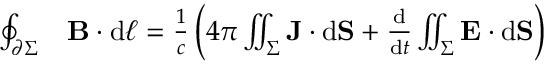
{ \begin{array} { r l } { \oint _ { \partial \Sigma } } & { \mathbf { B } \cdot \mathrm { d } { \boldsymbol { \ell } } = { \frac { 1 } { c } } \left( 4 \pi \iint _ { \Sigma } \mathbf { J } \cdot \mathrm { d } \mathbf { S } + { \frac { \mathrel { \mathrm { d } } } { \mathrm { d } t } } \iint _ { \Sigma } \mathbf { E } \cdot \mathrm { d } \mathbf { S } \right) } \end{array} }